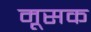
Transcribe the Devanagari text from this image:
मूसक